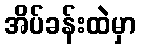
အိပ်ခန်းထဲမှာ